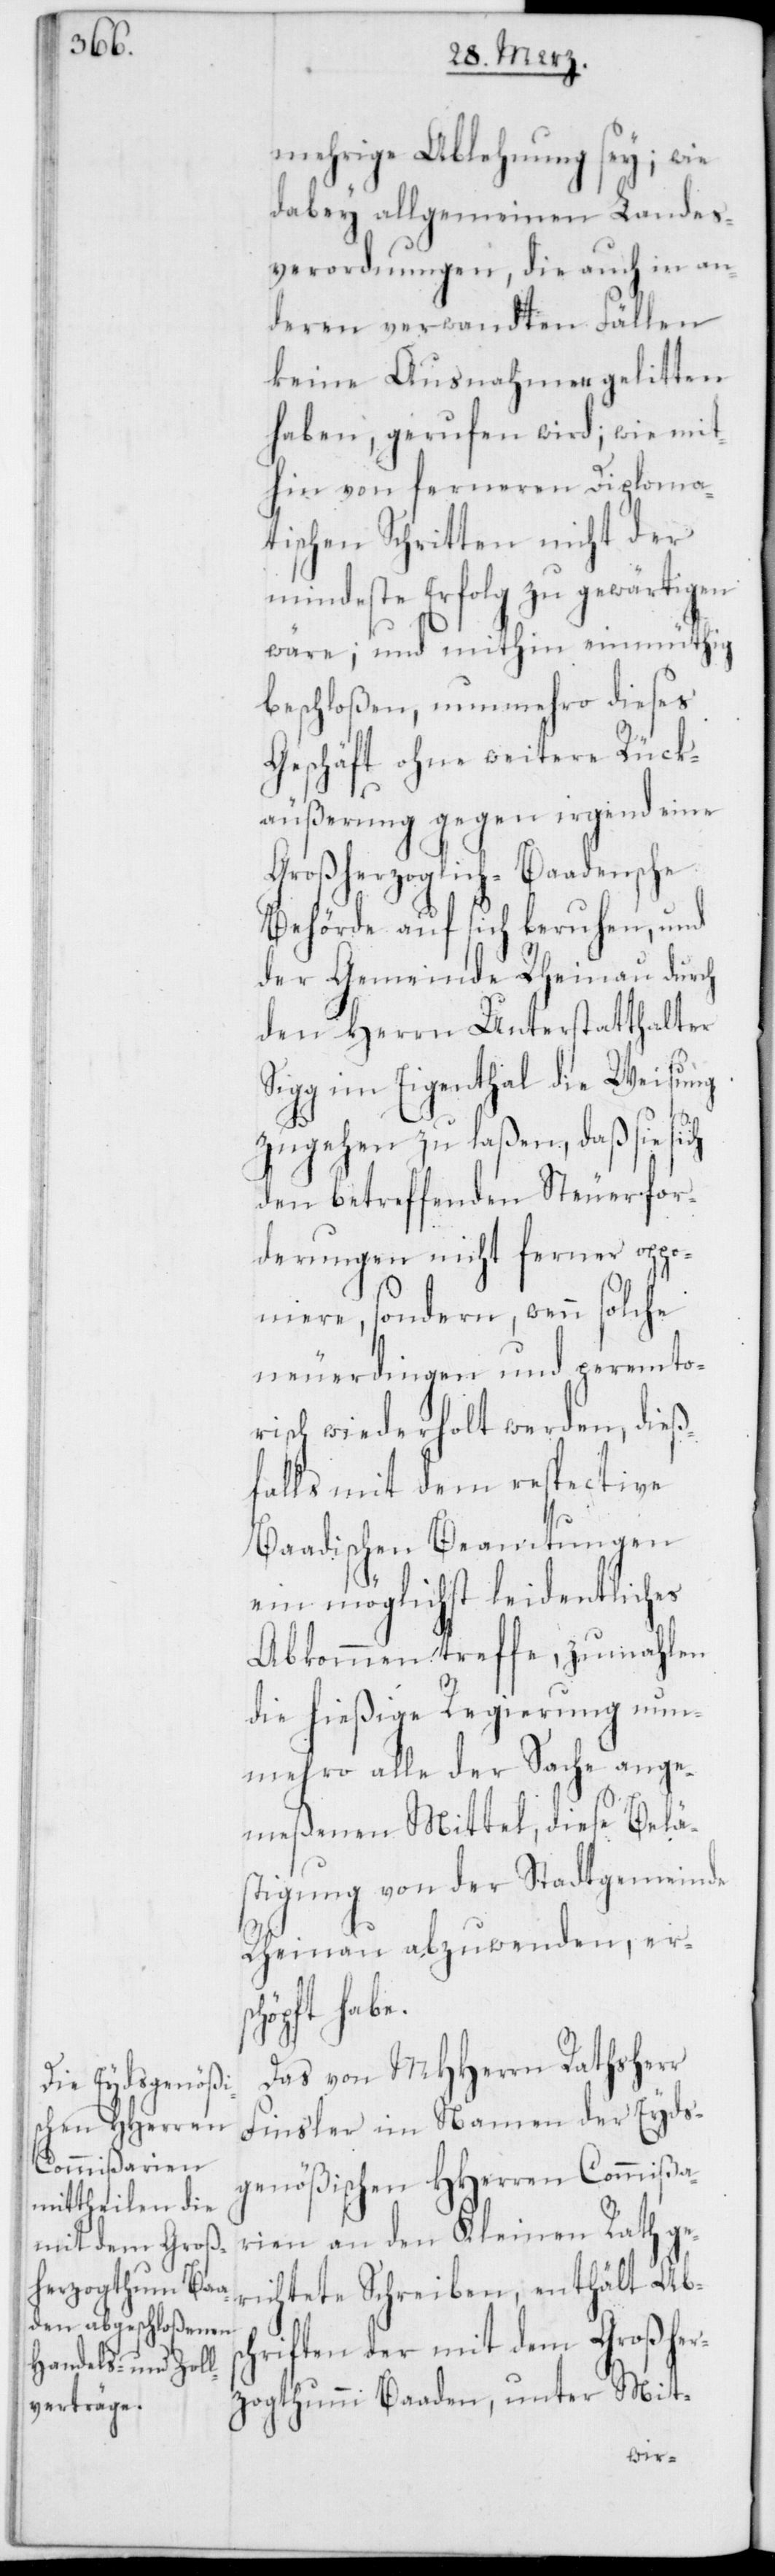
mehrige Ablehnung sey; wie
dabey allgemeinen Landes¬
verordnungen, die auch in an¬
deren verwandten Fällen
keine Ausnahme gelitten
haben, gerufen wird; wie mit¬
hin von ferneren Diploma¬
tischen Schritten nicht der
mindeste Erfolg zu gewärtigen
wäre; und mithin einmüthig
beschloßen, nunmehro dieses
Geschäft ohne weitere Rück¬
äußerung gegen irgend eine
Großherzoglich-Baadensche
Behörde auf sich beruhen, und
der Gemeinde Rheinau durch
den Herrn Unterstatthalter
Sigg im Eigenthal die Weisung
zugehen zu laßen, daß sie sich
den betreffenden Steuerfor¬
derungen nicht ferner oppo¬
niere, sondern, wenn solche
neuerdingen und perempto¬
risch wiederholt werden, dieß¬
falls mit dem respective
Baadischen Beamtungen
ein möglichst leidentliches
Abkommen treffe, zumahlen
die hießige Regierung nun¬
mehro alle der Sache ange¬
meßenen Mittel, diese Belä¬
stigung von der Stadtgemeinde
Rheinau abzuwenden, ers¬
chöpft habe.
Das von MHHerrn Rathsherr
Finsler im Namen der Eyds¬
genößischen HHerren Commißa¬
rien an den Kleinen Rath ge¬
richtete Schreiben, enthält Absc¬
hriften der mit dem Großher¬
zogthumm Baaden, unter Mit-